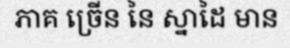
ភាគ ច្រើន នៃ ស្នាដៃ មាន